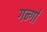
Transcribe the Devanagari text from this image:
गन्गा॑